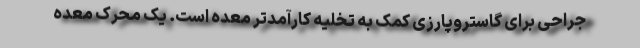
جراحی برای گاستروپارزی کمک به تخلیه کارآمدتر معده است. یک محرک معده